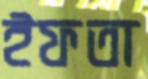
ইফতা